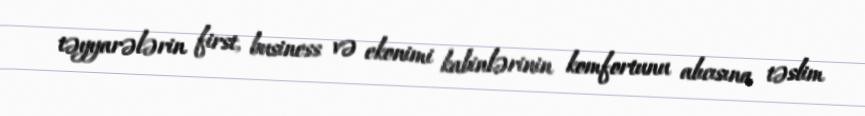
təyyarələrin first, business və ekonimi kabinlərinin komfortunu alıcısına təslim